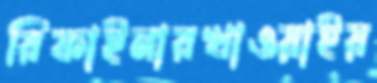
রিফাইনারখাওয়াইয়